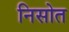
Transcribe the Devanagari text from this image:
निसोत